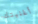
أغنيتك